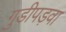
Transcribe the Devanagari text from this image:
गुडीपड़वा